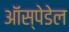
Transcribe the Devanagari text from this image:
ऑस्पेडेल